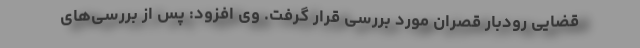
قضایی رودبار قصران مورد بررسی قرار گرفت. وی افزود: پس از بررسی‌های